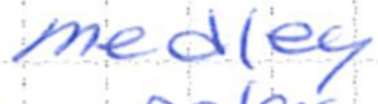
Text: medley
Cross-out: clean
Writing tool: ballpoint